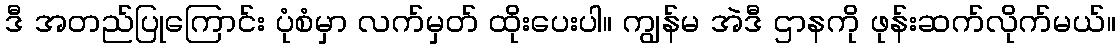
ဒီ အတည်ပြုကြောင်း ပုံစံမှာ လက်မှတ် ထိုးပေးပါ။ ကျွန်မ အဲဒီ ဌာနကို ဖုန်းဆက်လိုက်မယ်။